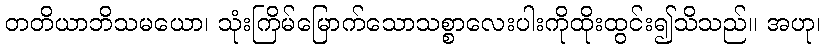
တတိယာဘိသမယော၊ သုံးကြိမ်မြောက်သောသစ္စာလေးပါးကိုထိုးထွင်း၍သိသည်။ အဟု၊